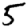
Digit: 5